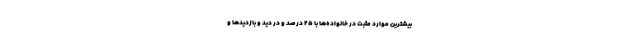
بیشترین موارد مثبت در خانواده‌ها با ۲۵ درصد و در دید و بازدیدها و